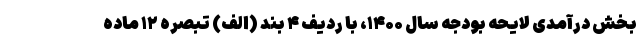
بخش درآمدی لایحه بودجه سال ۱۴۰۰، با ردیف ۴ بند (الف) تبصره ۱۲ ماده